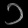
Digit: ၁